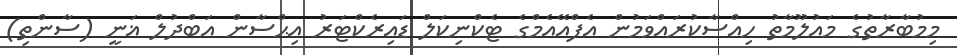
މިމުބާރާތުގެ މައުލޫމާތު ހިއްސާކުރައްވަމުން އެފްއޭއެމްގެ ޓެކްނިކަލް ޑައިރެކްޓަރު އިޙްސާން އަބްދުލް ޣަނީ (ސާންތި)